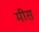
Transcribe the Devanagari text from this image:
मीस